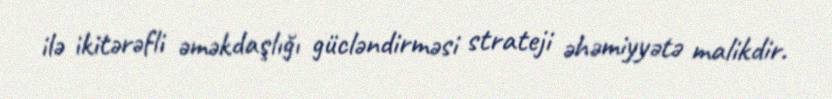
ilə ikitərəfli əməkdaşlığı gücləndirməsi strateji əhəmiyyətə malikdir.